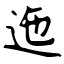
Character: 迤